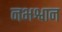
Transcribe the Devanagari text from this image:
नभश्वान